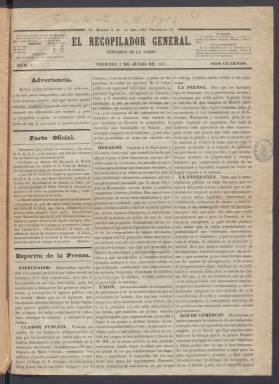
Título: El Recopilador general
Colección: Periódicos anteriores a 1850
Ámbito geográfico: Madrid
Lugar de publicación: Madrid
Fechas: 02/07/1847-28/08/1847